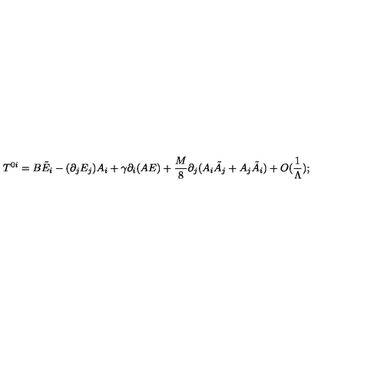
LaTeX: T ^ { 0 i } = B \tilde { E } _ { i } - ( \partial _ { j } E _ { j } ) A _ { i } + \gamma \partial _ { i } ( A E ) + \frac { M } { 8 } \partial _ { j } ( A _ { i } \tilde { A } _ { j } + A _ { j } \tilde { A } _ { i } ) + O ( \frac { 1 } { \Lambda } ) ;